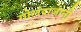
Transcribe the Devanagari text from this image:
गोलंदाजानी